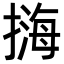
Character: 𢲨